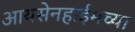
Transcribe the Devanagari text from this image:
आयसेनहाईमच्या